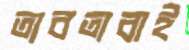
তাবতাবাই